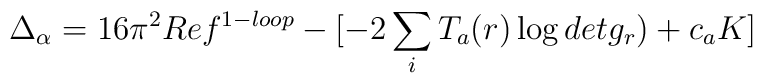
\Delta_{\alpha}= 16 \pi^2 Re f^{1-loop} -[- 2 \sum_{i} T_{a}(r) \log det g_{r} ) + c_{a} K]